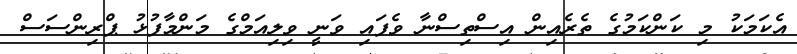
އެކަމަކު މި ކަންކަމުގެ ތެރެއިން އިސްތިސްނާ ވެފައި ވަނީ ވިލިއަމްގެ މަންމާފުޅު ޕްރިންސަސް